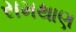
સમથાણ